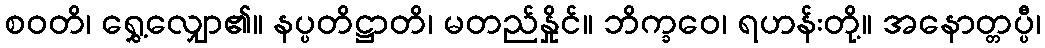
စဝတိ၊ ရွှေ့လျှော၏။ နပ္ပတိဋ္ဌာတိ၊ မတည်နှိုင်။ ဘိက္ခဝေ၊ ရဟန်းတို့။ အနောတ္တပ္ပီ၊